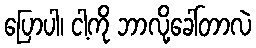
ပြောပါ၊ ငါ့ကို ဘာလို့ခေါ်တာလဲ